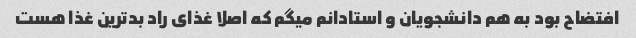
افتضاح بود به هم دانشجویان و استادانم میگم که اصلا غذای راد بد‌ترین غذا هست